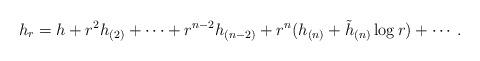
LaTeX: \begin{align*} h_r=h+r^2h_{(2)}+\cdots+r^{n-2}h_{(n-2)}+r^n(h_{(n)}+\tilde{h}_{(n)}\log r )+\cdots. \end{align*}